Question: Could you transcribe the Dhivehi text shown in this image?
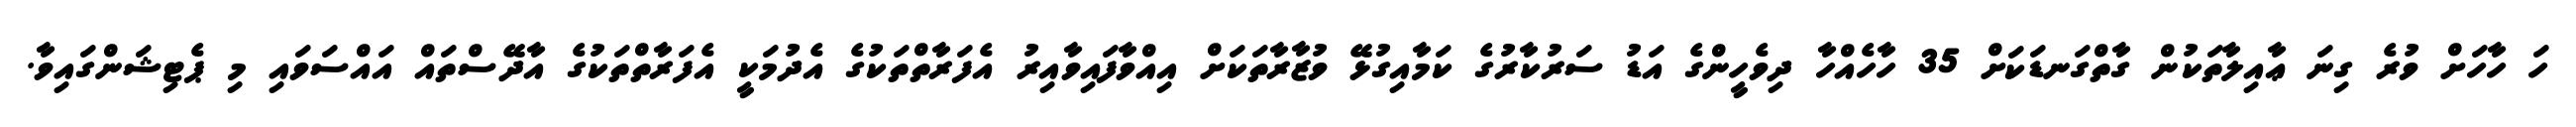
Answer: ހަ ހާހަށް ވުރެ ގިނަ ޢާއިލާތަކުން ގާތްގަނޑަކަށް 35 ހާހެއްހާ ދިވެހީންގެ އަޑު ސަރުކާރުގެ ކަމާއިގުޅޭ ވުޒާރާތަކަށް އިއްވާފައިވާއިރު އެފަރާތްތަކުގެ އެދުމަކީ އެފަރާތްތަކުގެ އާދޭސްތައް އައްސަވައި މި ޕެޓިޝަންގައިވާ.